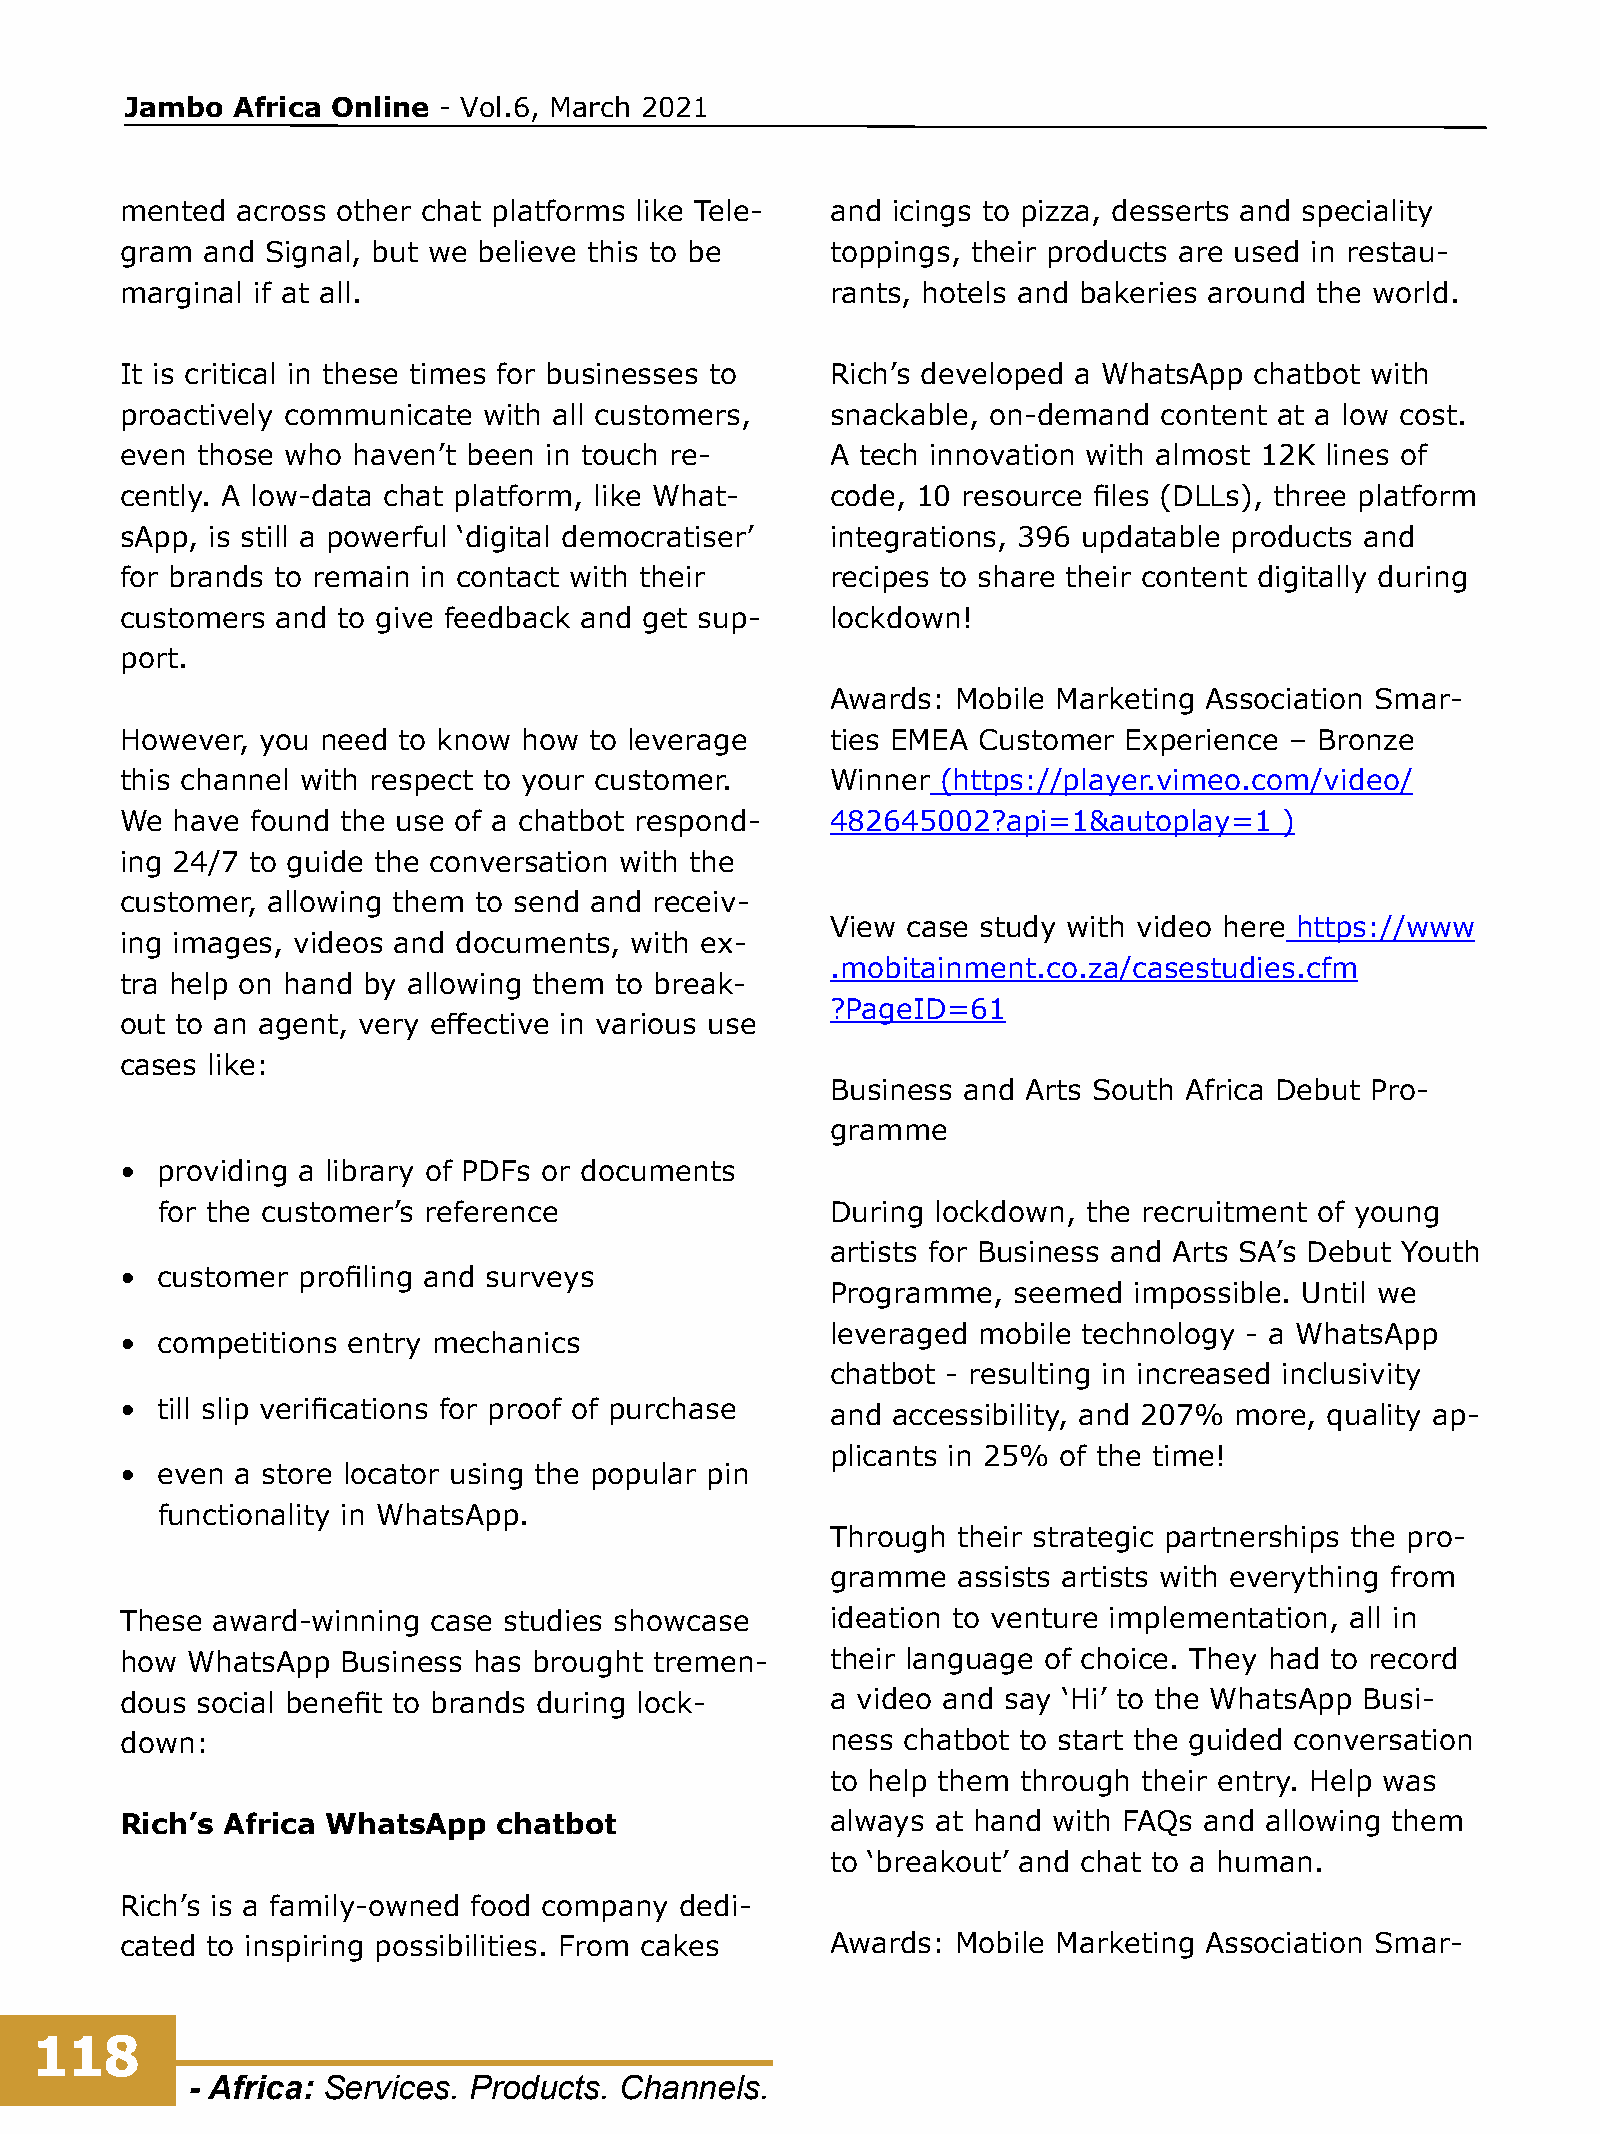
Jambo  Africa Online - Vol.6, March 2021
 mented  across other chat platforms like Tele- and icings to pizza, desserts and speciality
 gram and  Signal, but we believe this to be    toppings, their products are used in restau-
 marginal if at all.                            rants, hotels and bakeries around the world.
 It is critical in these times for businesses to Rich’s developed a WhatsApp chatbot with
 proactively communicate with all customers,    snackable, on-demand  content at a low cost.
 even those who haven’t been in touch re-       A tech innovation with almost 12K lines of
 cently. A low-data chat platform, like What-   code, 10 resource files (DLLs), three platform
 sApp, is still a powerful ‘digital democratiser’ integrations, 396 updatable products and
 for brands to remain in contact with their     recipes to share their content digitally during
 customers and to give feedback and get sup-    lockdown!
 port.
 Awards: Mobile Marketing Association Smar-
 However, you need to know  how to leverage     ties EMEA Customer Experience – Bronze
 this channel with respect to your customer.    Winner (https://player.vimeo.com/video/
 We have  found the use of a chatbot respond-   482645002?api=1&autoplay=1    )
 ing 24/7 to guide the conversation with the
 customer, allowing them to send and receiv-
 View case study with video here https://www
 ing images, videos and documents, with ex-
 .mobitainment.co.za/casestudies.cfm
 tra help on hand by allowing them to break-
 ?PageID=61
 out to an agent, very effective in various use
 cases like:
 Business and Arts South Africa Debut Pro-
 gramme
 • providing a library of PDFs or documents
 for the customer’s reference                 During lockdown, the recruitment of young
 artists for Business and Arts SA’s Debut Youth
 • customer  profiling and surveys
 Programme,  seemed  impossible. Until we
 leveraged mobile technology - a WhatsApp
 • competitions entry mechanics
 chatbot - resulting in increased inclusivity
 • till slip verifications for proof of purchase and accessibility, and 207% more, quality ap-
 plicants in 25% of the time!
 • even  a store locator using the popular pin
 functionality in WhatsApp.
 Through their strategic partnerships the pro-
 gramme  assists artists with everything from
 These award-winning  case studies showcase     ideation to venture implementation, all in
 how WhatsApp   Business has brought tremen-    their language of choice. They had to record
 dous social benefit to brands during lock-     a video and say ‘Hi’ to the WhatsApp Busi-
 down:                                          ness chatbot to start the guided conversation
 to help them through their entry. Help was
 Rich’s Africa WhatsApp   chatbot               always at hand with FAQs and allowing them
 to ‘breakout’ and chat to a human.
 Rich’s is a family-owned food company dedi-
 cated to inspiring possibilities. From cakes   Awards: Mobile Marketing Association Smar-
 118
 - Africa: Services. Products. Channels.